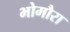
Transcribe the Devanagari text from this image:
भोमौरा